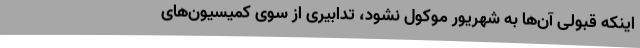
اینکه قبولی آن‌ها به شهریور موکول نشود، تدابیری از سوی کمیسیون‌های